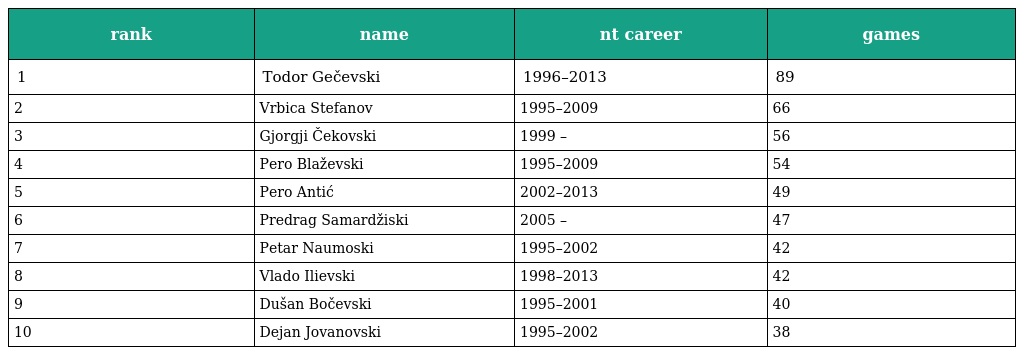
| rank | name | nt career | games |
 | --- | --- | --- | --- |
 | 1 | Todor Gečevski | 1996–2013 | 89 |
 | 2 | Vrbica Stefanov | 1995–2009 | 66 |
 | 3 | Gjorgji Čekovski | 1999 – | 56 |
 | 4 | Pero Blaževski | 1995–2009 | 54 |
 | 5 | Pero Antić | 2002–2013 | 49 |
 | 6 | Predrag Samardžiski | 2005 – | 47 |
 | 7 | Petar Naumoski | 1995–2002 | 42 |
 | 8 | Vlado Ilievski | 1998–2013 | 42 |
 | 9 | Dušan Bočevski | 1995–2001 | 40 |
 | 10 | Dejan Jovanovski | 1995–2002 | 38 |